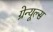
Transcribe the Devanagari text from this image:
ग्रेन्यूल्स